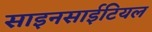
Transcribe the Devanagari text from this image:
साइनसाईटियल